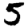
Digit: 5